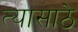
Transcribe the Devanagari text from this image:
त्यासाठे